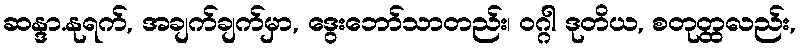
ဆန္ဒာ.နုရက်, အချက်ချက်မှာ, ဒွေးဘော်သာတည်း၊ ဝဂ္ဂါ ဒုတိယ, စတုတ္ထလည်း,